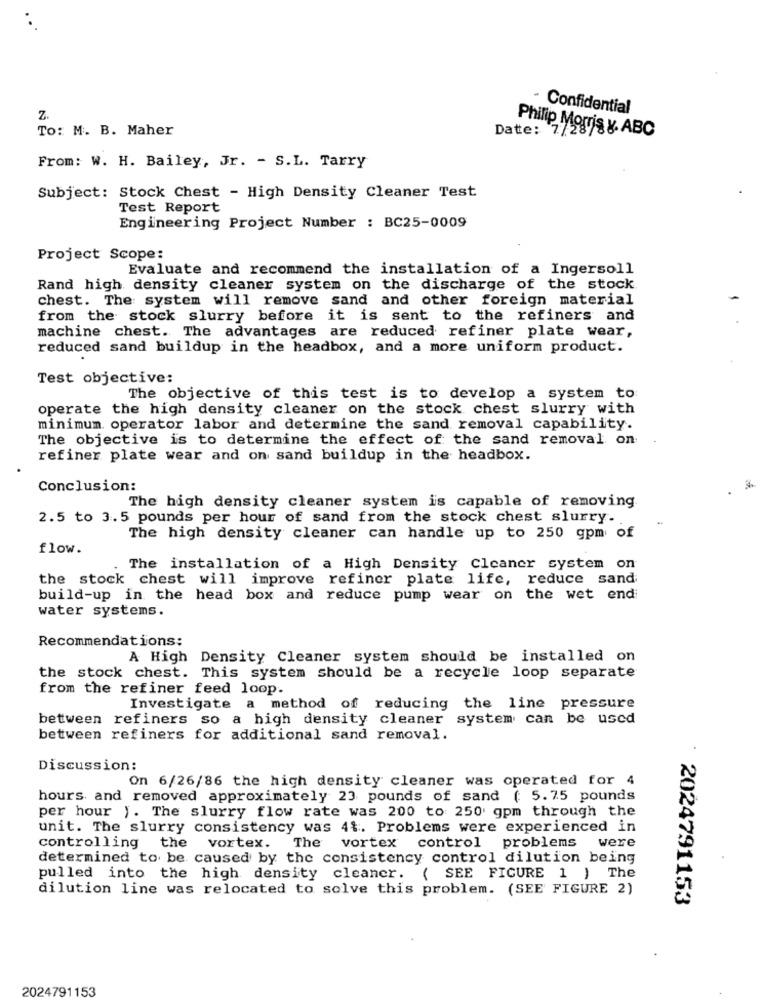
Confidential
Z.
To: M. B. Maher
Date: 7/28
Philip Morris y. ABC
From: W. H. Bailey, Jr. - S.L. Tarry
Subject: Stock Chest - High Density Cleaner Test
Test Report
Engineering Project Number : BC25-0009
Project Scope:
Evaluate and recommend the installation of a Ingersoll
Rand high density cleaner system on the discharge of the stock
chest. The system will remove sand and other foreign material
from the stock slurry before it is sent to the refiners and
machine chest. The advantages are reduced refiner plate wear,
reduced sand buildup in the headbox, and a more uniform product.
Test objective:
The objective of this test is to develop a system to
operate the high density cleaner on the stock chest slurry with
minimum operator labor and determine the sand removal capability.
The objective is to determine the effect of the sand removal on
refiner plate wear and on sand buildup in the headbox.
Conclusion:
The high density cleaner system is capable of removing.
2.5 to 3.5 pounds per hour of sand from the stock chest slurry.
The high density cleaner can handle up to 250 gpm of
flow.
The installation of a High Density Cleaner system on
the stock chest will improve refiner plate life, reduce sand
build-up in the head box and reduce pump wear on the wet end
water systems.
Recommendations:
A High Density Cleaner system should be installed on
the stock chest. This system should be a recycle loop separate
from the refiner feed loop.
Investigate a method of reducing the line pressure
between refiners so a high density cleaner system can be used
between refiners for additional sand removal.
Discussion:
On 6/26/86 the high density cleaner was operated for 4
hours and removed approximately 23 pounds of sand ( 5.75 pounds
per hour ). The slurry flow rate was 200 to 250 gpm through the
unit. The slurry consistency was 4%. Problems were experienced in
controlling the vortex. The vortex control problems were
determined to be caused by the consistency control dilution being
pulled into the high density cleaner. ( SEE FIGURE 1 ) The
dilution line was relocated to solve this problem. (SEE FIGURE 2)
: 2024791153
2024791153